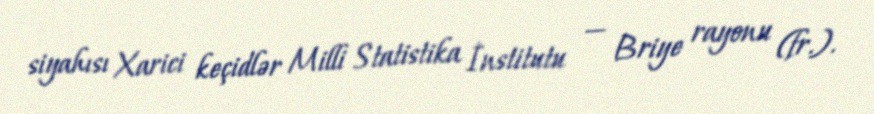
siyahısı Xarici keçidlər Milli Statistika İnstitutu — Briye rayonu (fr.).